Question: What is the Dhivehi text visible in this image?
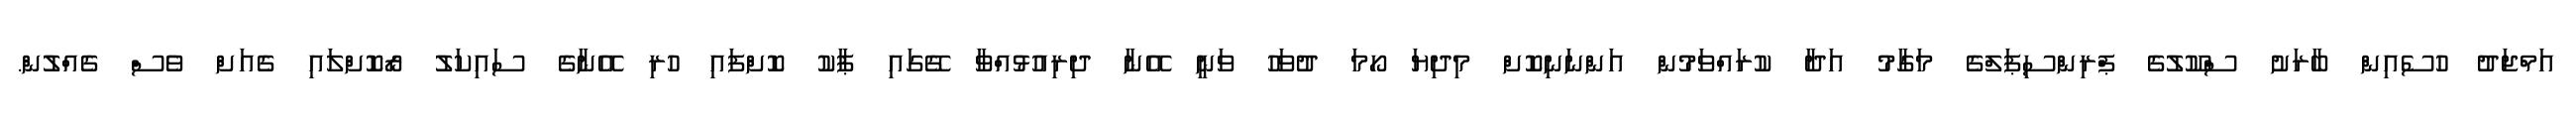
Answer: އަމްޖަދު ހުސެއިން ބާރަށު ސްކޫލުގެ ޕްރިންސިޕަލްގެ މަގާމު އަދާ ކުރައްވަމުން އަންނަނިކޮށް މިދިޔަ ހޯމަ ދުވަހު ވަނީ އޭނާ ދިރިއުޅުއްވާ ގޭގައި ޕާކު ކޮށްފައި ހުރި އޭނާގެ ސައިކަލު ރޯކޮށްލައި ގެއަށް ވެސް ގެއްލުން.